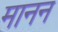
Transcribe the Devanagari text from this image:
मानन